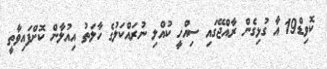
ކޮވިޑް19 އާ ގުޅިގެން ރާއްޖޭގައި ސިއްހީ ކުއްލި ނުރައްކަލުގެ ހާލަތު އިއުލާން ކޮށްފައިވާތީ